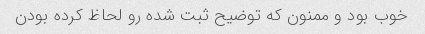
خوب بود و ممنون که توضیح ثبت شده رو لحاظ کرده بودن